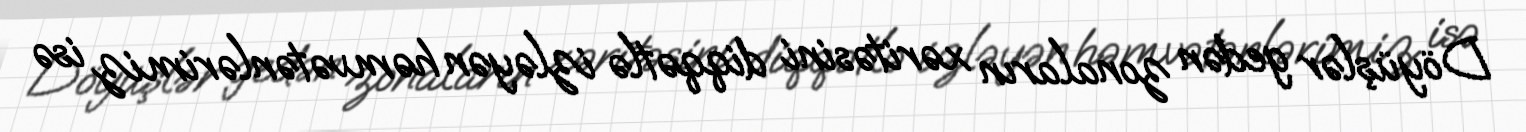
Döyüşlər gedən zonaların xəritəsini diqqətlə izləyən həmvətənlərimiz isə